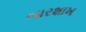
બારશાખ